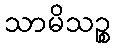
သာမိသဉ္စ